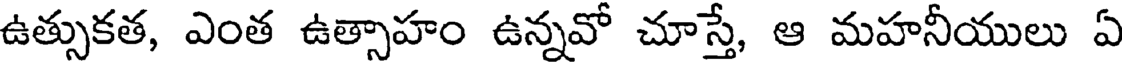
ఉత్సుకత, ఎంత ఉత్సాహం ఉన్నవో చూస్తే, ఆ మహనీయులు ఏ